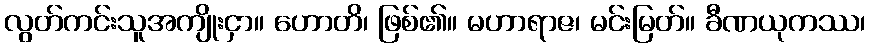
လွတ်ကင်းသူအကျိုးငှာ။ ဟောတိ၊ ဖြစ်၏။ မဟာရာဇ၊ မင်းမြတ်။ ခီဏယုကဿ၊